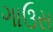
ગાઉસ